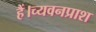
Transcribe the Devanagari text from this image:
हैं।च्यवनप्राश